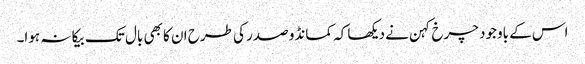
اس کے باوجود چرخ کہن نے دیکھا کہ کمانڈو صدر کی طرح ان کا بھی بال تک بیکا نہ ہوا۔